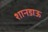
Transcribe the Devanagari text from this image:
शानडाऊ